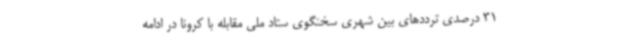
31 درصدی ترددهای بین شهری سخنگوی ستاد ملی مقابله با کرونا در ادامه